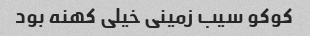
کوکو سیب زمینی خیلی کهنه بود